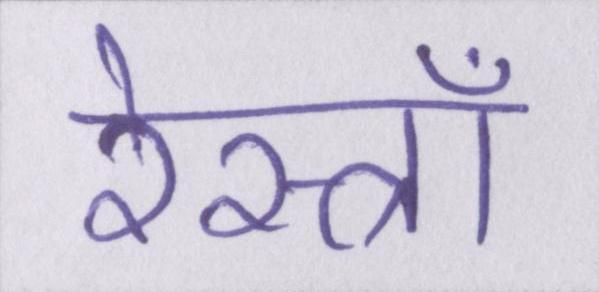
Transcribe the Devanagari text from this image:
रेस्त्राँ